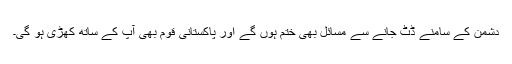
دشمن کے سامنے ڈٹ جانے سے مسائل بھی ختم ہوں گے اور پاکستانی قوم بھی آپ کے ساتھ کھڑی ہو گی۔